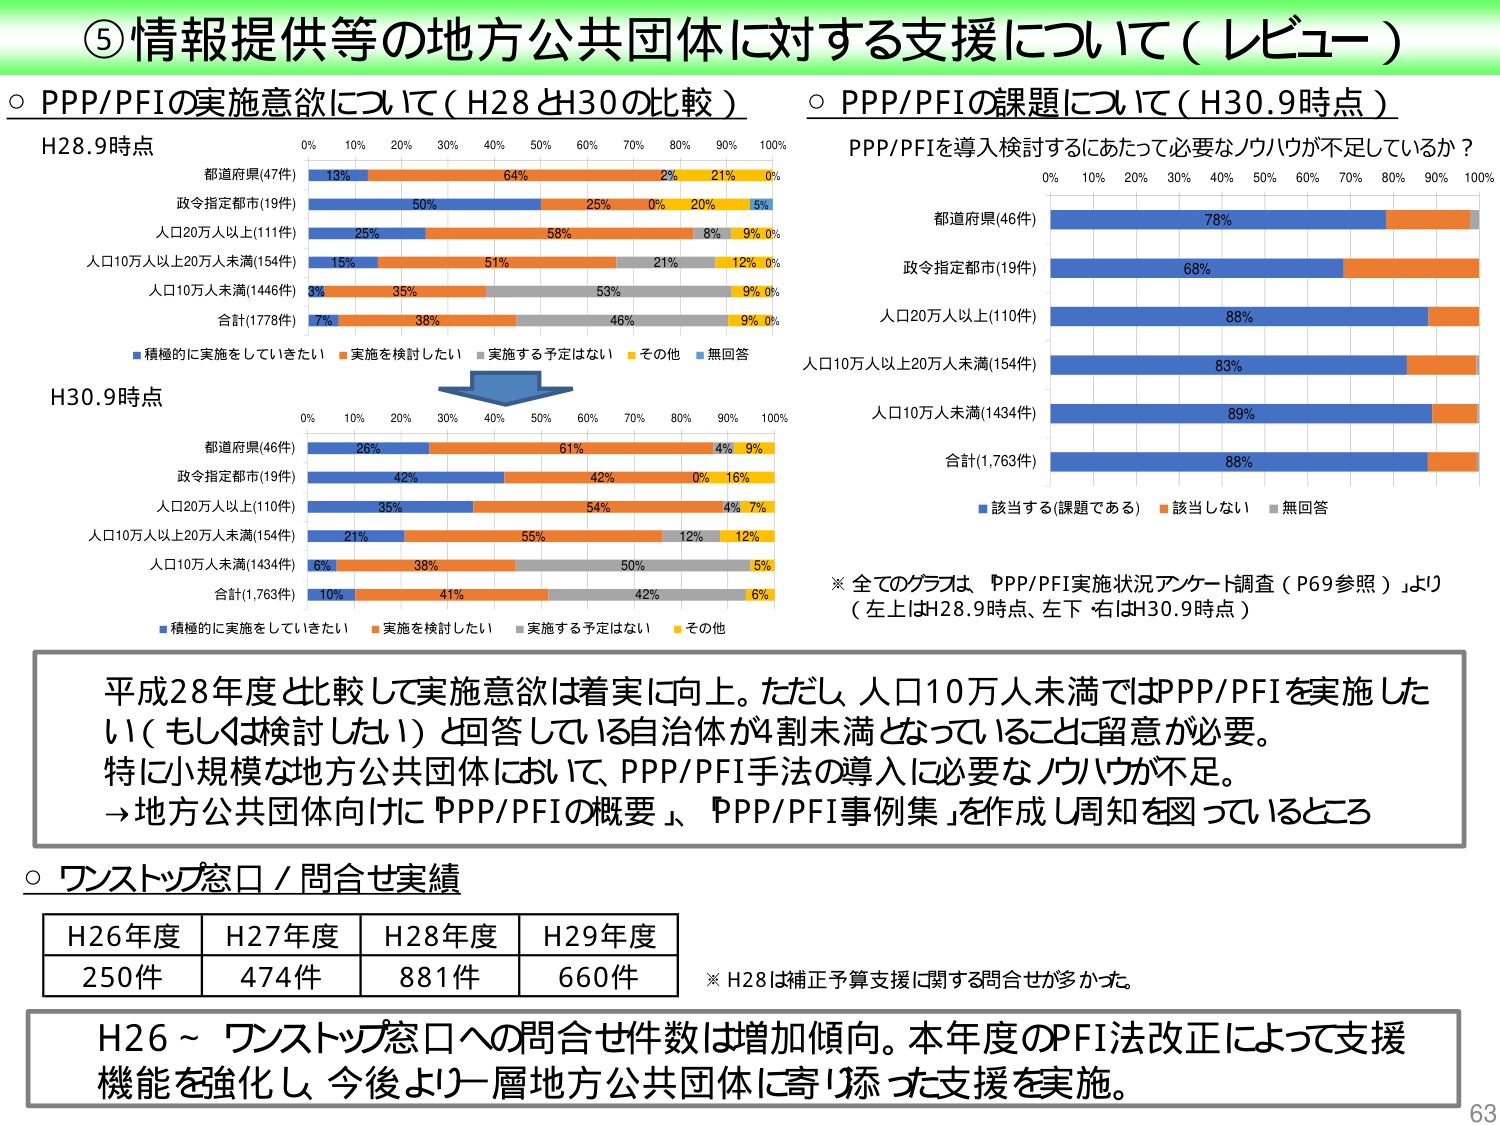
⑤情報提供等の地方公共団体に対する支援について（レビュー）

○ PPP/PFIの実施意欲について（H28とH30の比較）

H28.9時点
0% 10% 20% 30% 40% 50% 60% 70% 80% 90% 100%
都道府県(47件) 13% 64% 2% 21% 0%
政令指定都市(19件) 50% 25% 0% 20% 5%
人口20万人以上(111件) 25% 58% 8% 9% 0%
人口10万人以上20万人未満(154件) 15% 51% 21% 12% 0%
人口10万人未満(1446件) 3% 35% 53% 9% 0%
合計(1778件) 7% 38% 46% 9% 0%
■積極的に実施をしていきたい ■実施を検討したい ■実施する予定はない ■その他 ■無回答

H30.9時点
0% 10% 20% 30% 40% 50% 60% 70% 80% 90% 100%
都道府県(46件) 26% 61% 4% 9%
政令指定都市(19件) 42% 42% 0% 16%
人口20万人以上(110件) 35% 54% 4% 7%
人口10万人以上20万人未満(154件) 21% 55% 12% 12%
人口10万人未満(1434件) 6% 38% 50% 5%
合計(1,763件) 10% 41% 42% 6%
■積極的に実施をしていきたい ■実施を検討したい ■実施する予定はない ■その他

○ PPP/PFIの課題について（H30.9時点）
PPP/PFIを導入検討するにあたって必要なノウハウが不足しているか？
0% 10% 20% 30% 40% 50% 60% 70% 80% 90% 100%
都道府県(46件) 78%
政令指定都市(19件) 68%
人口20万人以上(110件) 88%
人口10万人以上20万人未満(154件) 83%
人口10万人未満(1434件) 89%
合計(1,763件) 88%
■該当する(課題である) ■該当しない ■無回答

※ 全てのグラフは、『PPP/PFI実施状況アンケート調査（P69参照）』より
（左上はH28.9時点、左下・右はH30.9時点）

平成28年度と比較して実施意欲は着実に向上。ただし、人口10万人未満ではPPP/PFIを実施したい（もしくは検討したい）と回答している自治体が4割未満となっていることに留意が必要。
特に小規模な地方公共団体において、PPP/PFI手法の導入に必要なノウハウが不足。
→地方公共団体向けに『PPP/PFIの概要』、『PPP/PFI事例集』を作成し周知を図っているところ

○ ワンストップ窓口／問合せ実績
H26年度 H27年度 H28年度 H29年度
250件 474件 881件 660件
※ H28は補正予算支援に関する問合せが多かった。

H26～ワンストップ窓口への問合せ件数は増加傾向。本年度のPFI法改正によって支援機能を強化し、今後より一層地方公共団体に寄り添った支援を実施。

63